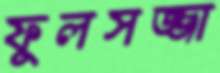
ফুলসজ্জা